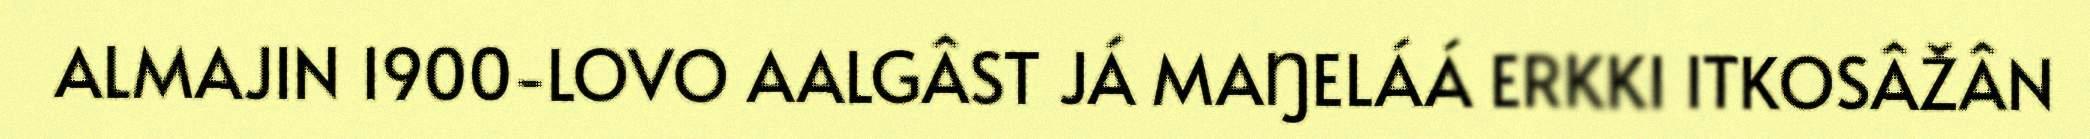
ALMAJIN 1900-LOVO AALGÂST JÁ MAŊELÁÁ ERKKI ITKOSÂŽÂN